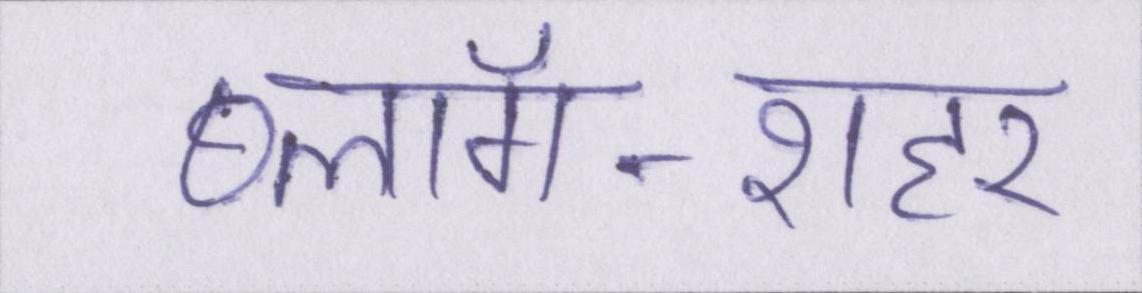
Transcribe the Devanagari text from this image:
ब्लॉग-शहर